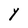
Character: Y